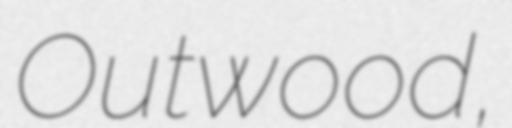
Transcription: Outwood,